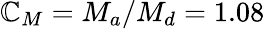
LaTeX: \mathbb{C}_{M}=M_{a}/M_{d}=1.08